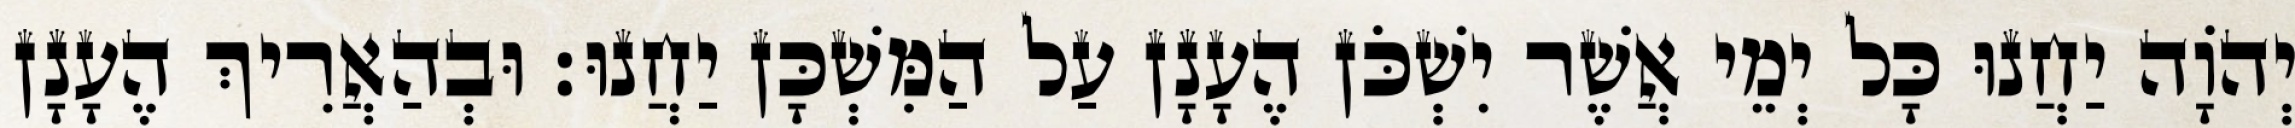
יְהוָֹה יַחֲנוּ כָּל יְמֵי אֲשֶׁר יִשְׁכֹּן הֶעָנָן עַל הַמִּשְׁכָּן יַחֲנוּ׃ וּבְהַאֲרִיךְ הֶעָנָן